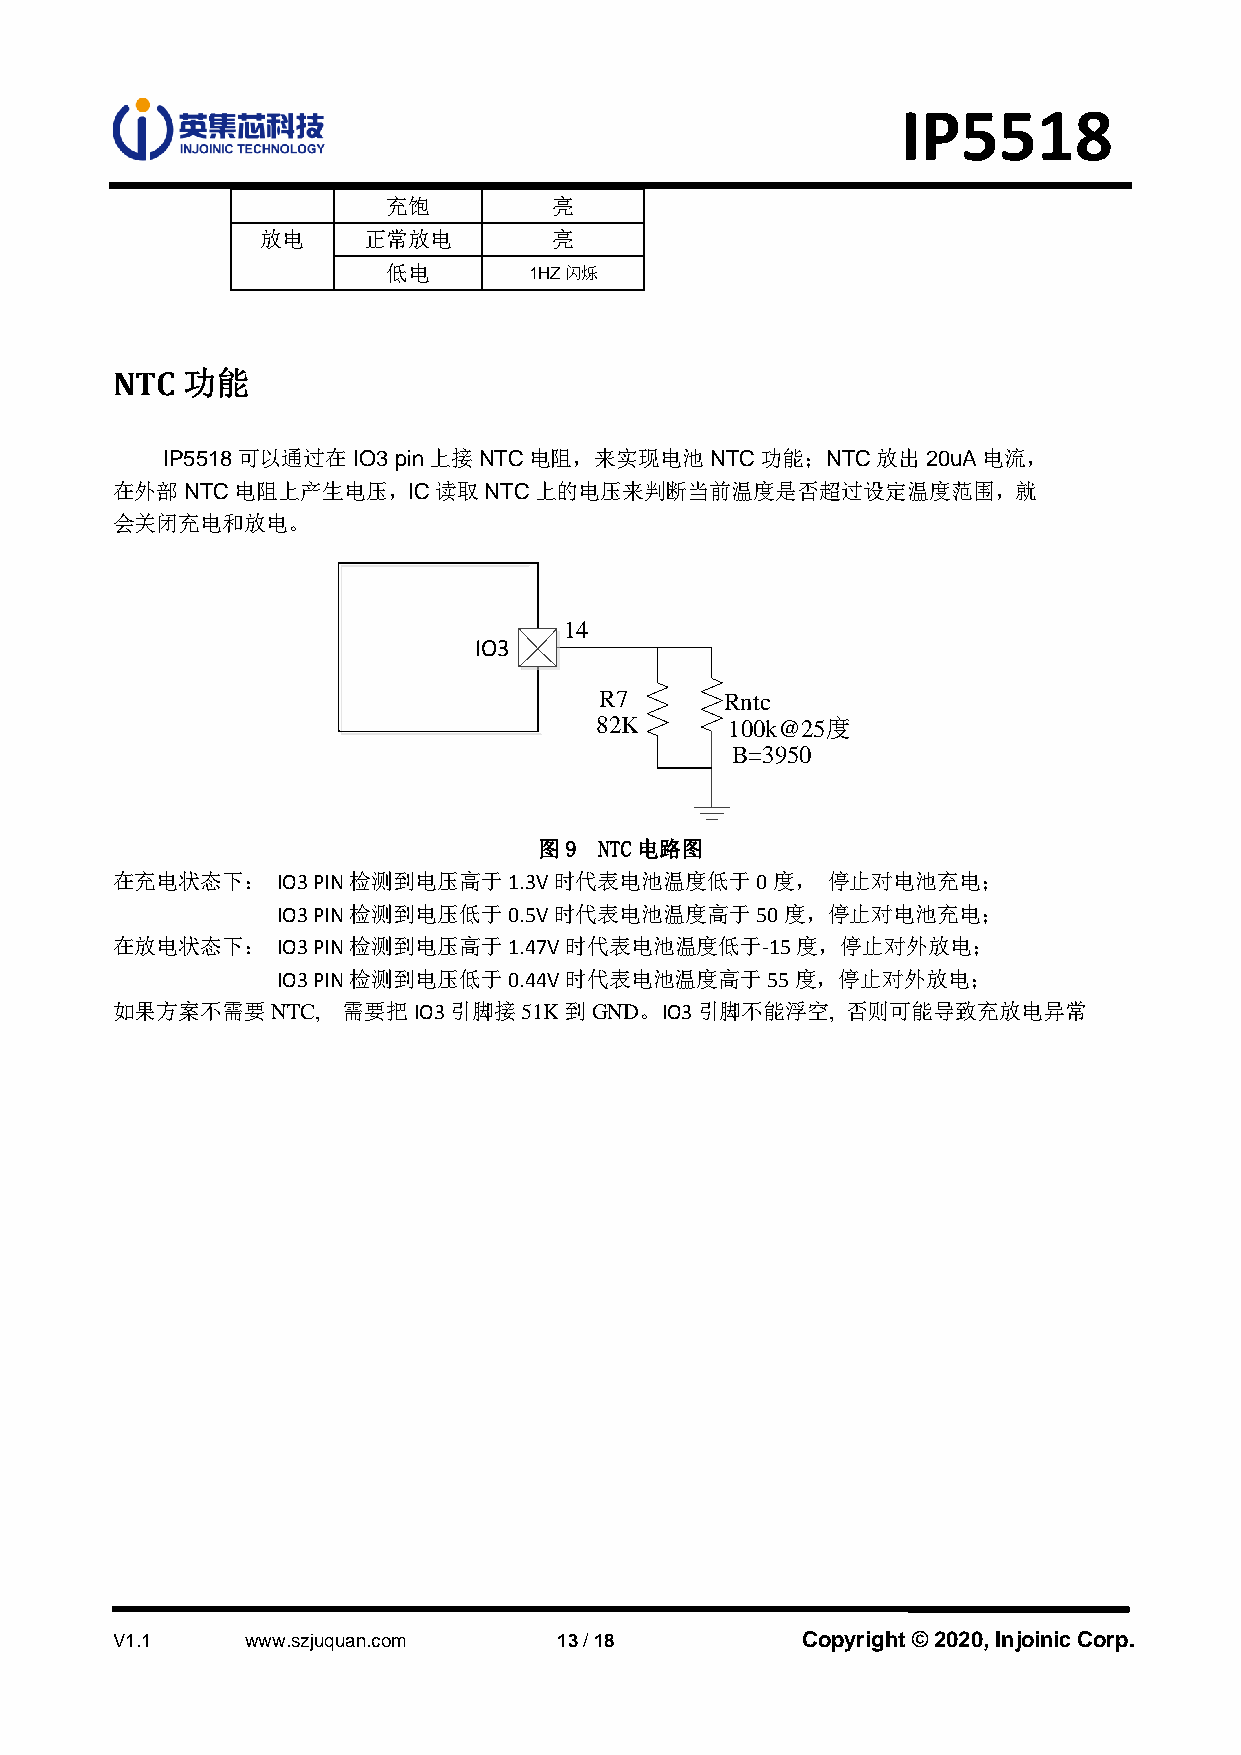
IP5518
 充饱         亮
 放电     正常放电         亮
 低电       1HZ闪烁
 NTC  功能
 IP5518可以通过在IO3 pin上接NTC电阻，来实现电池NTC功能；NTC放出20uA电流，
 在外部NTC电阻上产生电压，IC读取NTC上的电压来判断当前温度是否超过设定温度范围，就
 会关闭充电和放电。
 14
 IO3
 R7      Rntc
 82K      100k@25度
 B=3950
 图9  NTC电路图
 在充电状态下：    IO3 PIN检测到电压高于1.3V时代表电池温度低于0度，       停止对电池充电；
 IO3 PIN检测到电压低于0.5V时代表电池温度高于50度，停止对电池充电；
 在放电状态下：    IO3 PIN检测到电压高于1.47V时代表电池温度低于-15度，停止对外放电；
 IO3 PIN检测到电压低于0.44V时代表电池温度高于55度，停止对外放电；
 如果方案不需要NTC,     需要把IO3引脚接51K到GND。IO3引脚不能浮空,      否则可能导致充放电异常
 V1.1     www.szjuquan.com     13 / 18         Copyright © 2020, Injoinic Corp.